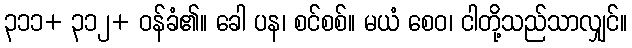
၃၁၁+ ၃၁၂+ ဝန်ခံ၏။ ခေါ ပန၊ စင်စစ်။ မယံ စေဝ၊ ငါတို့သည်သာလျှင်။